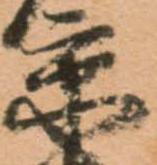
京